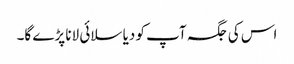
اس کی جگہ آپ کو دیا سلائی لانا پڑے گا۔